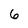
Character: 6